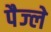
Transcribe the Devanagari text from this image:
पैज्ले